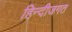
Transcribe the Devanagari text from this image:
हिन्दीजगत